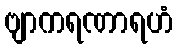
ဗျာကရဏာရဟံ